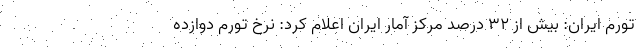
تورم ایران: بیش از ۳۲ درصد مرکز آمار ایران اعلام کرد: نرخ تورم دوازده